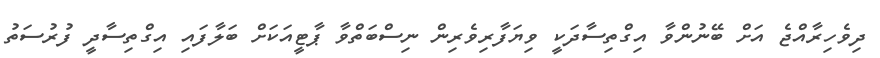
ދިވެހިރާއްޖެ އަށް ބޭނުންވާ އިގްތިސާދަކީ ވިޔަފާރިވެރިން ނިސްބަތްވާ ޕާޓީއަކަށް ބަލާފައި އިގްތިސާދީ ފުރުސަތު